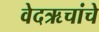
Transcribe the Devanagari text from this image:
वेदऋचांचे